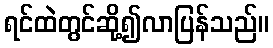
ရင်ထဲတွင်ဆို့၍လာပြန်သည်။